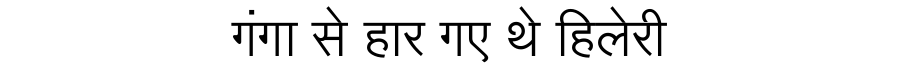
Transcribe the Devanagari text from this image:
गंगा से हार गए थे हिलेरी